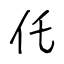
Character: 仛